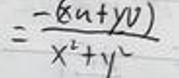
\[
= \frac{-(xu + yv)}{x^{2}+y^{2}}
\]